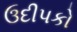
ઉદીપકો